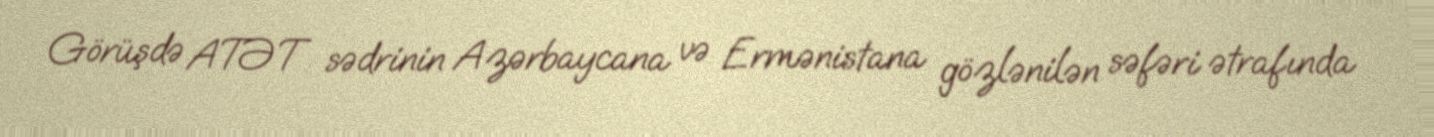
Görüşdə ATƏT sədrinin Azərbaycana və Ermənistana gözlənilən səfəri ətrafında